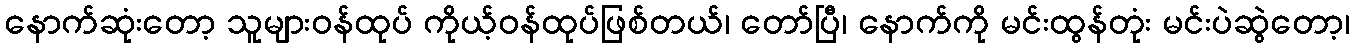
နောက်ဆုံးတော့ သူများဝန်ထုပ် ကိုယ့်ဝန်ထုပ်ဖြစ်တယ်၊ တော်ပြီ၊ နောက်ကို မင်းထွန်တုံး မင်းပဲဆွဲတော့၊